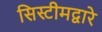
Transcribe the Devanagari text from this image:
सिस्टीमद्वारे